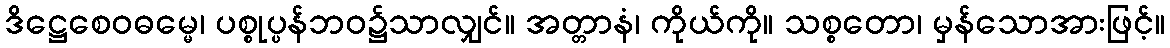
ဒိဋ္ဌေစေဝဓမ္မေ၊ ပစ္စုပ္ပန်ဘဝ၌သာလျှင်။ အတ္တာနံ၊ ကိုယ်ကို။ သစ္စတော၊ မှန်သောအားဖြင့်။